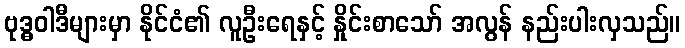
ဗုဒ္ဓဝါဒီများမှာ နိုင်ငံ၏ လူဦးရေနှင့် နှိုင်းစာသော် အလွန် နည်းပါးလှသည်။